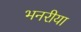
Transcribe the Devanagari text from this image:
भनरीया